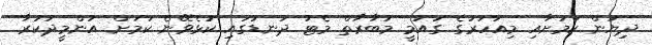
ދިޔުން ކަމަށާއި މިއަހަރުގެ ގައުމީ މުބާރާތް މެޓު ދަނޑުގައި ކުޅެވޭނެ ކަމަށް އުންމީދުކުރާ